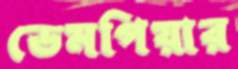
ডেমপিয়ার